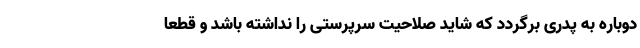
دوباره به پدری برگردد که شاید صلاحیت سرپرستی را نداشته باشد و قطعا